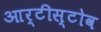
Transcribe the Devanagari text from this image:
आर्टीस्टोव